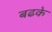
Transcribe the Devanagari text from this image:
बढके